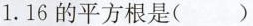
1.16的平方根是()